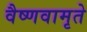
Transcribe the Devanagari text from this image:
वैष्णवामृते